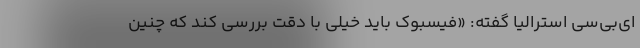
ای‌بی‌سی استرالیا گفته: «فیسبوک باید خیلی با دقت بررسی کند که چنین